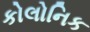
કોલોનિક